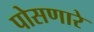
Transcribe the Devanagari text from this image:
पोसणारे